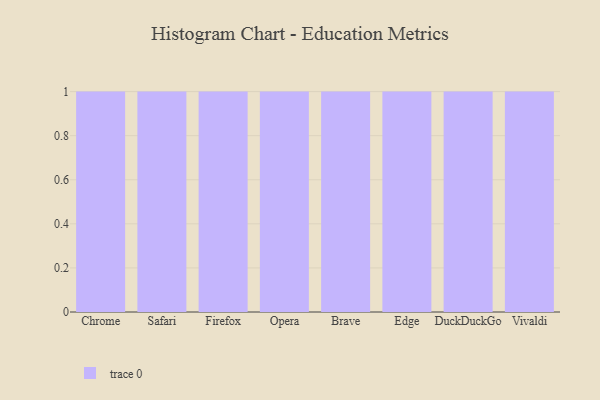
{"axis": {"x": "Browser", "y": "Revenue (USD Million)"}, "legend": [""], "data": [{"x": "Chrome", "y": 40, "type": ""}, {"x": "Safari", "y": 82, "type": ""}, {"x": "Firefox", "y": 93, "type": ""}, {"x": "Opera", "y": 79, "type": ""}, {"x": "Brave", "y": 57, "type": ""}, {"x": "Edge", "y": 12, "type": ""}, {"x": "DuckDuckGo", "y": 87, "type": ""}, {"x": "Vivaldi", "y": 73, "type": ""}]}